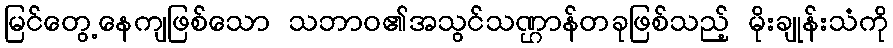
မြင်တွေ့နေကျဖြစ်သော သဘာဝ၏အသွင်သဏ္ဌာန်တခုဖြစ်သည့် မိုးချုန်းသံကို